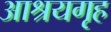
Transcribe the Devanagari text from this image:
आश्रयगृह